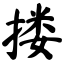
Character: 搂